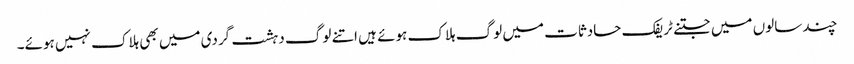
چند سالوں میں جتنے ٹریفک حادثات میں لوگ ہلاک ہوئے ہیں اتنے لوگ دہشت گردی میں بھی ہلاک نہیں ہوئے۔